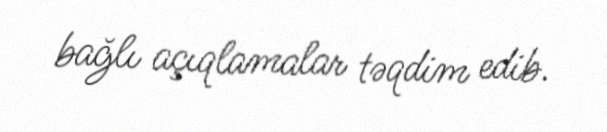
bağlı açıqlamalar təqdim edib.